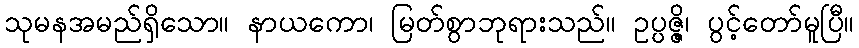
သုမနအမည်ရှိသော။ နာယကော၊ မြတ်စွာဘုရားသည်။ ဥပ္ပဇ္ဇိ၊ ပွင့်တော်မူပြီ။